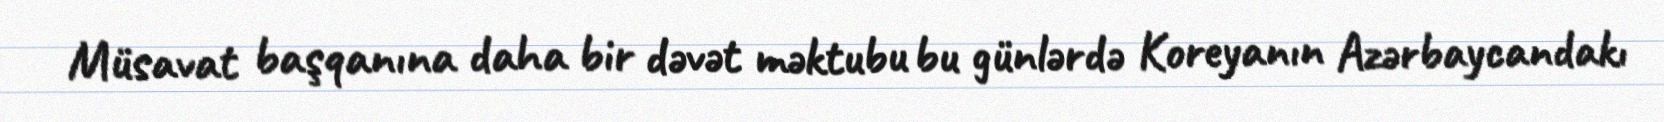
Müsavat başqanına daha bir dəvət məktubu bu günlərdə Koreyanın Azərbaycandakı